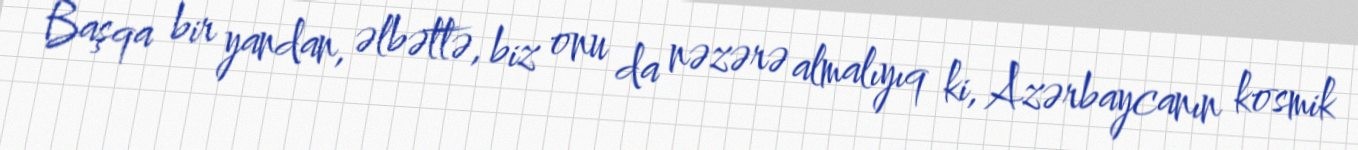
Başqa bir yandan, əlbəttə, biz onu da nəzərə almalıyıq ki, Azərbaycanın kosmik